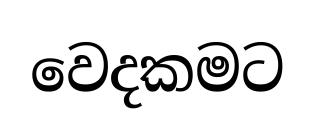
වෙදකමට